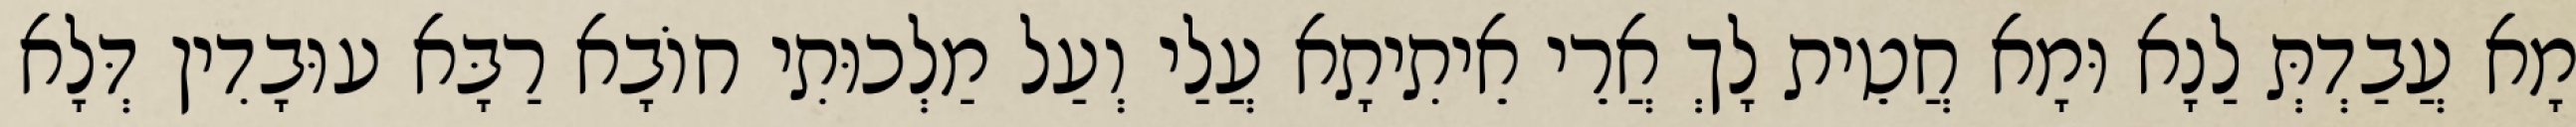
מָא עֲבַדְתְּ לַנָא וּמָא חֲטֵית לָךְ אֲרֵי אֵיתִיתָא עֲלַי וְעַל מַלְכוּתִי חוֹבָא רַבָּא עוּבָדִין דְּלָא